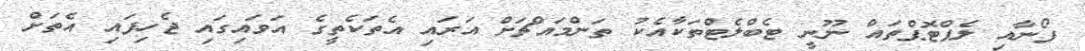
ފޯނާއި ލެޕްޓޮޕްތައް ނޫނީ ޓެބްލެޓްތަކާއެކު ތަންމައްޗަށް އަރައި އެތަކެތީގެ އަވައިގައި ޖެހިފައި އެތަށް